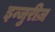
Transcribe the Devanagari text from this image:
इन्जुरीज़